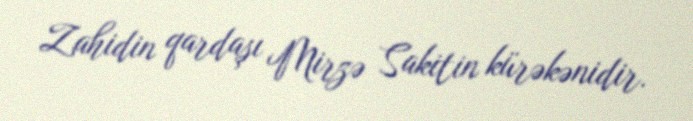
Zahidin qardaşı Mirzə Sakitin kürəkənidir.